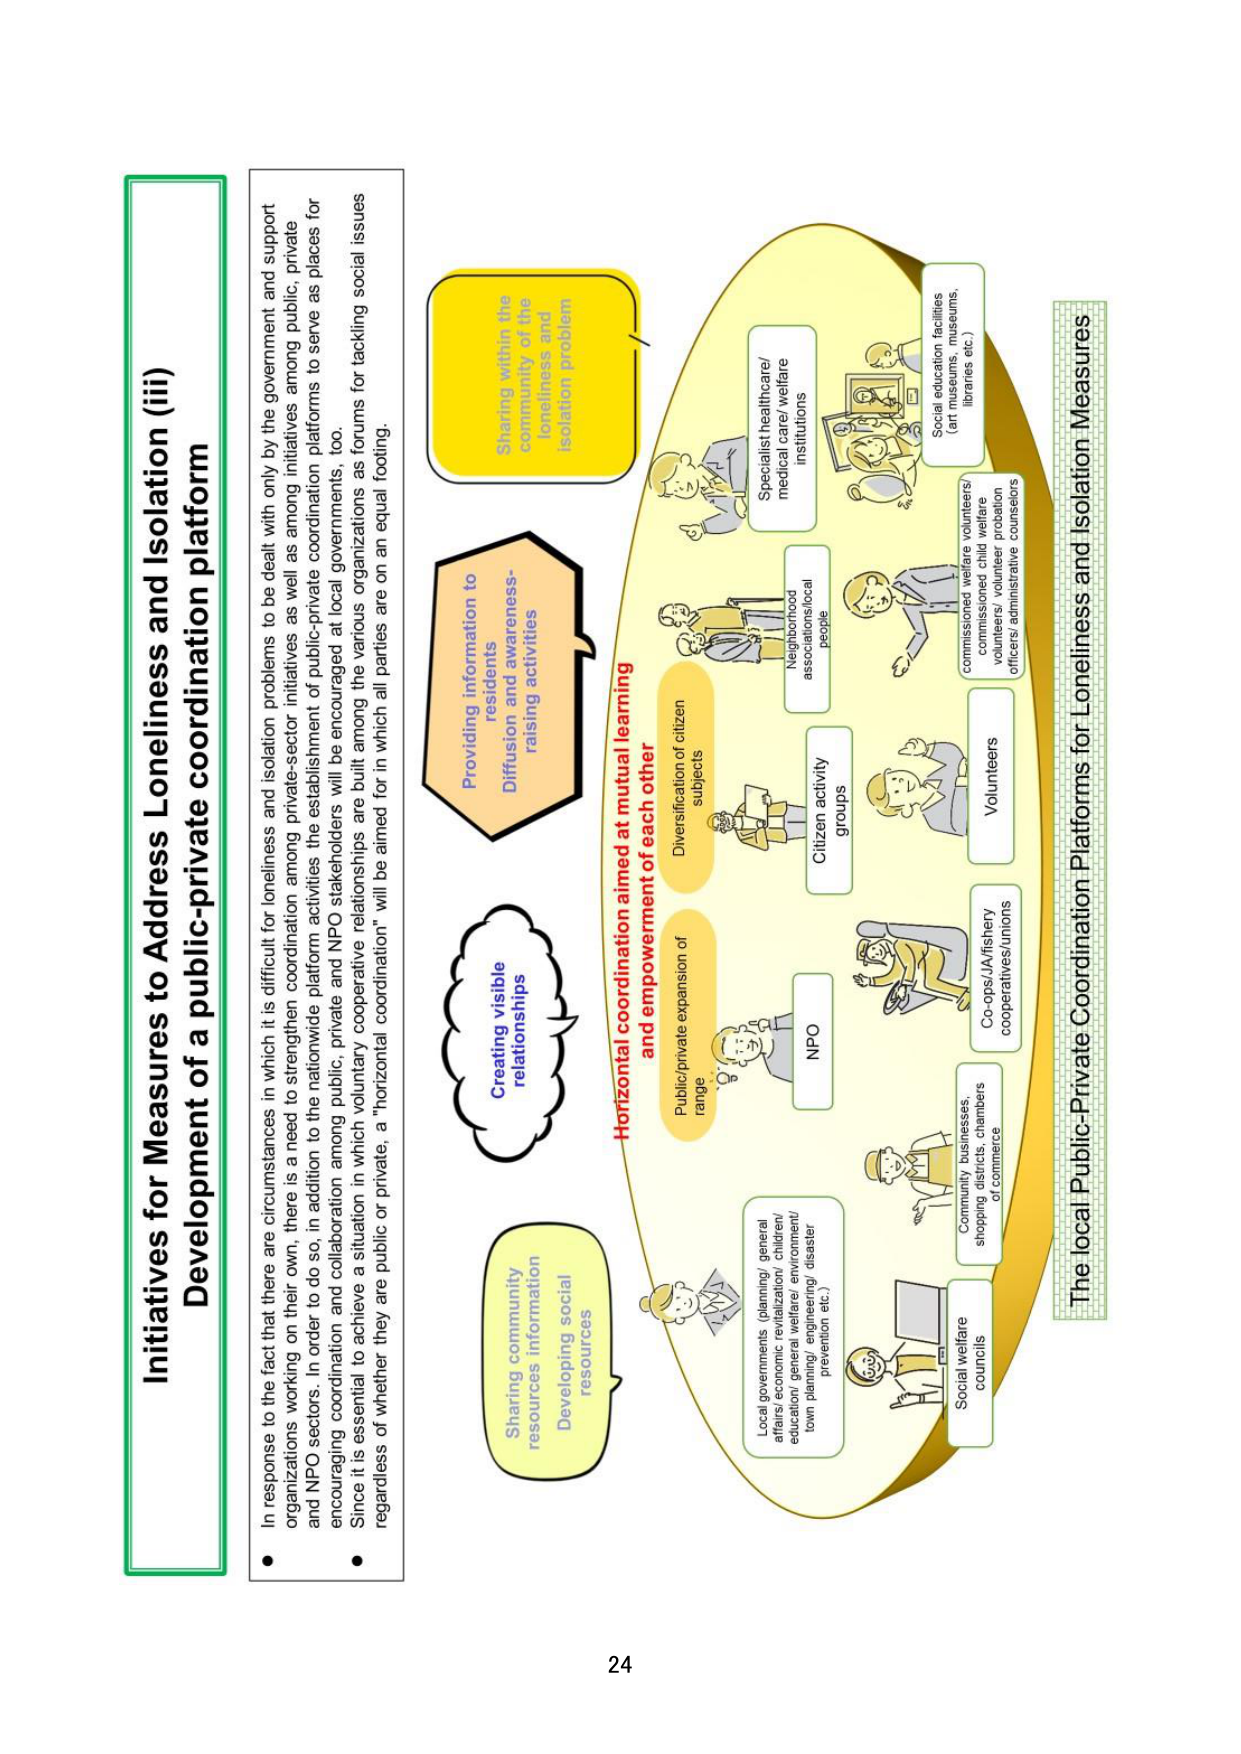
Initiatives for Measures to Address Loneliness and Isolation (iii)
Development of a public-private coordination platform

● In response to the fact that there are circumstances in which it is difficult for loneliness and isolation problems to be dealt with only by the government and support organizations working on their own, there is a need to strengthen coordination among private-sector initiatives as well as among initiatives among public, private and NPO sectors. In order to do so, in addition to the nationwide platform activities the establishment of public-private coordination platforms to serve as places for encouraging coordination and collaboration among public, private and NPO stakeholders will be encouraged at local governments, too.
● Since it is essential to achieve a situation in which voluntary cooperative relationships are built among the various organizations as forums for tackling social issues regardless of whether they are public or private, a "horizontal coordination" will be aimed for in which all parties are on equal footing.

Sharing within the community of the loneliness and isolation problem
Providing information to residents
Diffusion and awareness-raising activities
Creating visible relationships
Sharing community resources
Developing social resources

Horizontal coordination aimed at mutual learning and empowerment of each other
Public/private expansion of range
Diversification of citizen subjects

Local governments (planning/general affairs/economic revitalization/children/education/general welfare/environment/town planning/engineering/disaster prevention etc.)
Social welfare councils
Community businesses, shopping districts, chambers of commerce
Co-ops/JA/fishery cooperatives/unions
NPO
Citizen activity groups
Neighborhood associations/local people
Specialist healthcare/medical care/welfare institutions
Social education facilities (art museums, museums, libraries etc.)
Commissioned welfare volunteers/commissioned child welfare volunteers/volunteer probation officers/administrative counselors
Volunteers

The local Public-Private Coordination Platforms for Loneliness and Isolation Measures

24